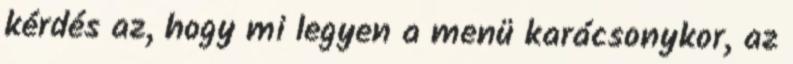
kérdés az, hogy mi legyen a menü karácsonykor, az